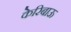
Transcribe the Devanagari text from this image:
केरिबाऊ